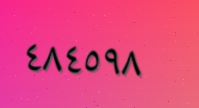
٤٨٤٥٩٨